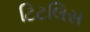
ટિટલિસ